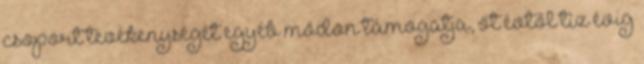
csoport tevékenységét egyéb módon támogatja, öt évtől tíz évig